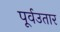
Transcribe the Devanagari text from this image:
पूर्वउतार